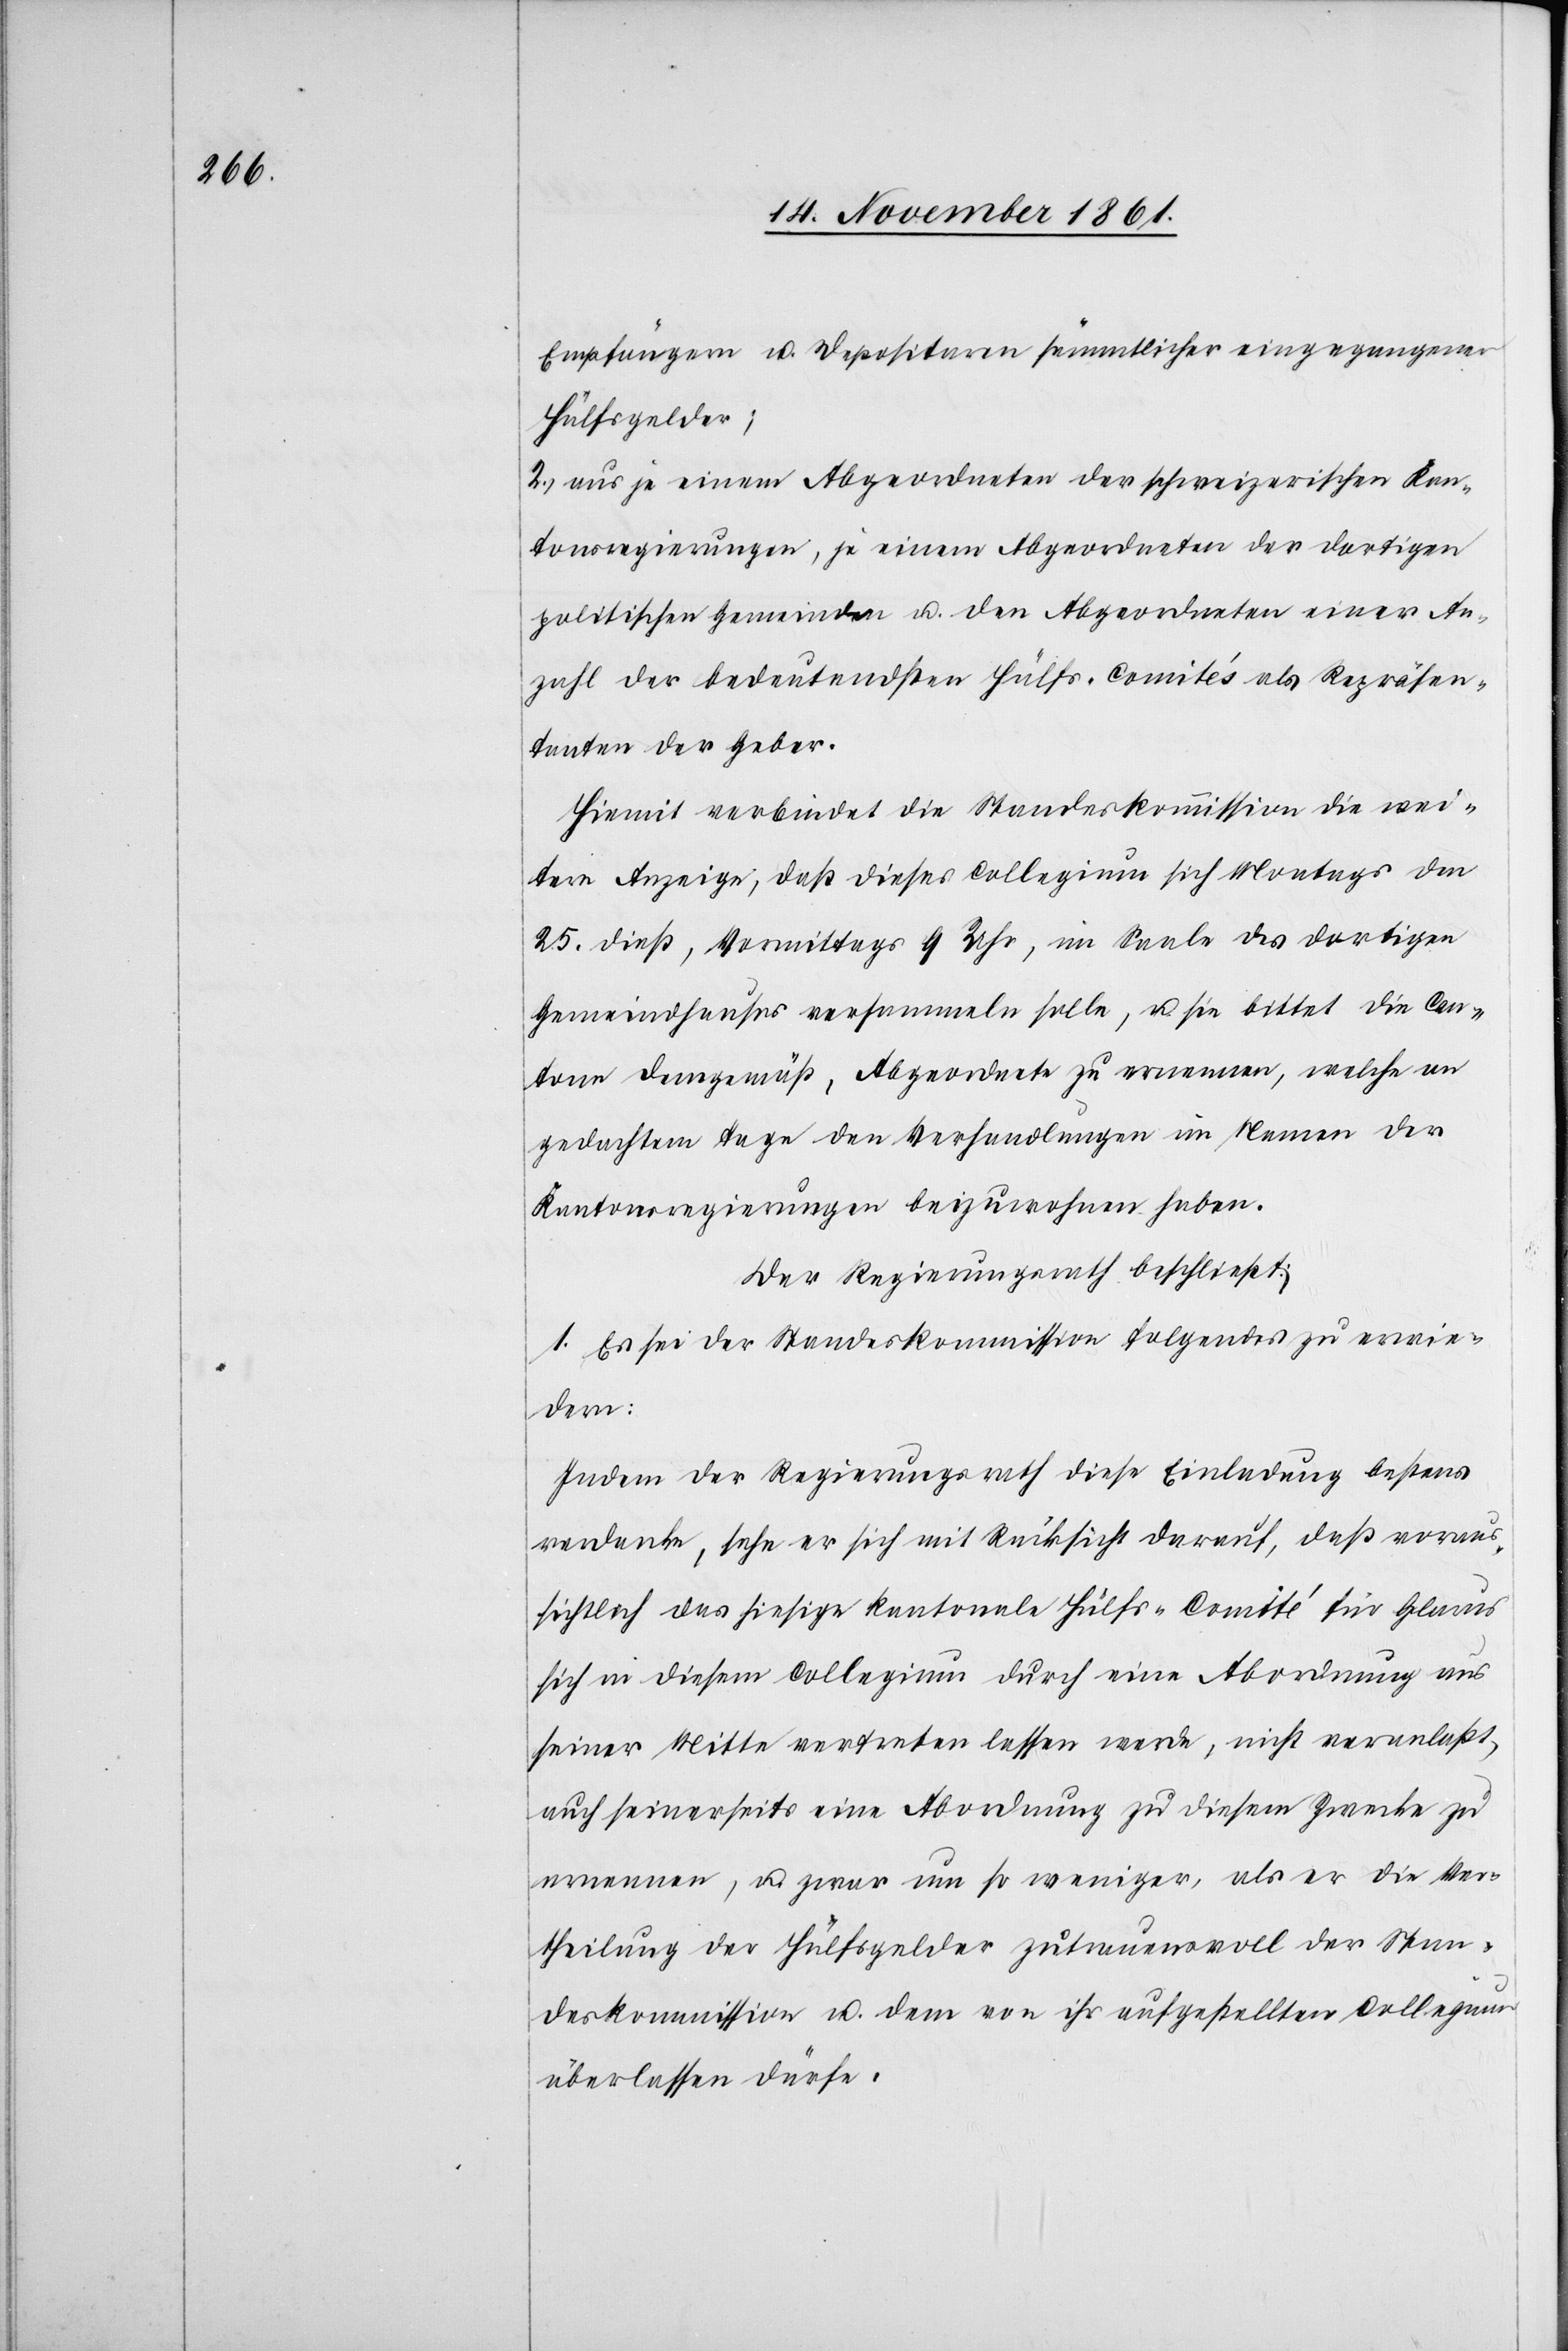
Empfängern u. Depositoren sämmtlicher eingegangener
Hülfsgelder;
2. aus je einem Abgeordneten der schweizerischen Kan¬
tonsregierungen, je einem Abgeordneten der dortigen
politischen Gemeinden u. den Abgeordneten einer An¬
zahl der bedeutendsten Hülfs-Comités als Repräsen¬
tanten der Geber.
Hiemit verbindet die Standeskommission die wei¬
tere Anzeige, daß dieses Collegium sich Montags den
25 dieß, Vormittags 9 Uhr, im Saale des dortigen
Gemeindhauses versammeln solle, u. bittet die Can¬
tone demgemäß, Abgeordnete zu ernennen, welche an
gedachtem Tage den Verhandlungen im Namen der
Kantonsregierungen beizutreten haben.
Der Regierungsrath beschließt:
1. Es sei der Standeskommission folgendes zu erwie¬
dern:
Indem der Regierungsrath diese Einladung bestens
verdanke, sehe er sich mit Rücksicht darauf, daß voraus¬
sichtlich das hiesige kantonale Hülfs-Comité für Glarus
sich in diesem Collegium durch eine Abordnung aus
seiner Mitte vertreten lassen werde, nicht veranlaßt,
auch seinerseits eine Abordnung zu diesem Zwecke zu
ernennen, u. zwar um so weniger, als er die Ver¬
theilung der Hülfsgelder zutrauensvoll der Stan¬
deskommission u. dem von ihr aufgestellten Collegium
überlassen dürfe.